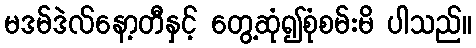
မဒမ်ဒဲလ်နော့တီနှင့် တွေ့ဆုံ၍စုံစမ်းမိ ပါသည်။